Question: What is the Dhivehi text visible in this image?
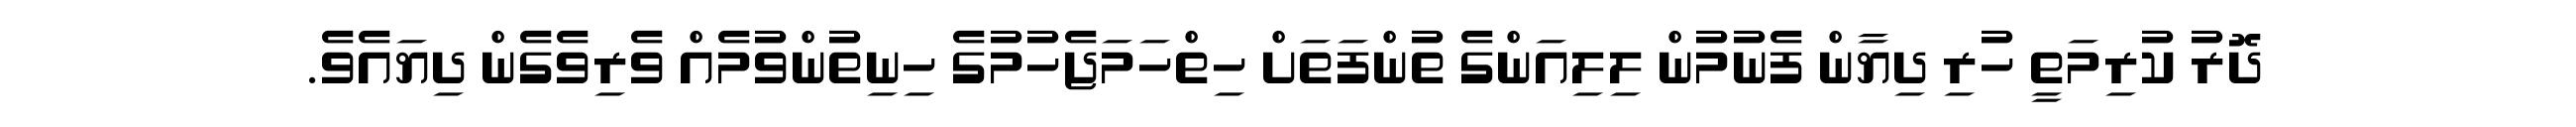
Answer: ދޮރު ކުރިމަތީ ހުރި ދިޔާން ފެނުމުން ލިލިއަންގެ ތުންފަތަށް ހިތްހަމަޖެހުމުގެ ހިނިތުންވުމެއް ވެރިވެގެން ދިޔައެވެ.